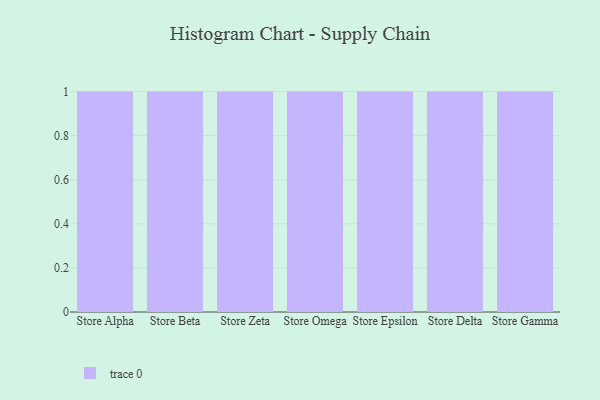
{"axis": {"x": "Store", "y": "Population (Million)"}, "legend": [""], "data": [{"x": "Store Alpha", "y": 100, "type": ""}, {"x": "Store Beta", "y": 85, "type": ""}, {"x": "Store Zeta", "y": 45, "type": ""}, {"x": "Store Omega", "y": 91, "type": ""}, {"x": "Store Epsilon", "y": 28, "type": ""}, {"x": "Store Delta", "y": 43, "type": ""}, {"x": "Store Gamma", "y": 62, "type": ""}]}